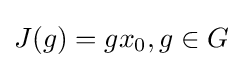
J(g)=gx_{0},g\in G